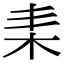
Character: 𣐇